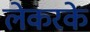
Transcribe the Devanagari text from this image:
लेकरके